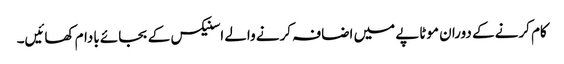
کام کرنے کے دوران موٹاپے میں اضافہ کرنے والے اسنیکس کے بجائے بادام کھائیں۔